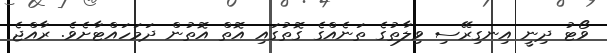
ވޯޓު ދިނީ އިނގިރޭސި ވިލާތުގެ ތަނެއްގެ ގޮތުގައި އޮތް އޮތުން ދަމަހައްޓާށެވެ. ރާއްޖެ